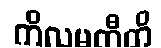
ကိလမတီတိ